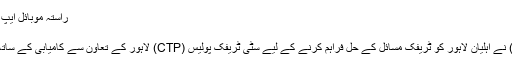
راستہ موبائل ایپ کا کامیاب لانچ - PakWheels Blog
راستہ موبائل ایپ کا کامیاب لانچ
پنجاب انفارمیشن ٹیکنالوجی بورڈ (PITB) نے اہلیانِ لاہور کو ٹریفک مسائل کے حل فراہم کرنے کے لیے سٹی ٹریفک پولیس (CTP) لاہور کے تعاون سے کامیابی کے ساتھ اپنی موبائل ایپ ‘راستہ’ لانچ کردی ہے۔